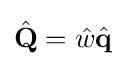
{\hat {\textbf {Q}}}={\hat {w}}{\hat {\textbf {q}}}